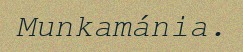
Munkamánia.